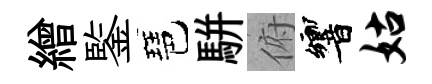
繒鍳琶駢俯響姑